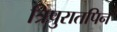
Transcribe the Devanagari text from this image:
त्रिपुरातपिन